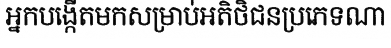
អ្នកបង្កើតមកសម្រាប់អតិថិជនប្រភេទណា